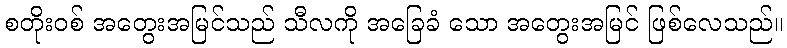
စတိုးဝစ် အတွေးအမြင်သည် သီလကို အခြေခံ သော အတွေးအမြင် ဖြစ်လေသည်။